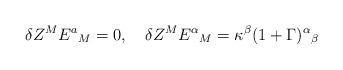
LaTeX: \begin{align*}\delta Z^M E^a{}_M = 0, ~~~\delta Z^ME^{\alpha}{}_M =\kappa^{\beta}(1+\Gamma)^{\alpha}{}_{\beta}\end{align*}